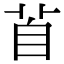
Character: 𦤄